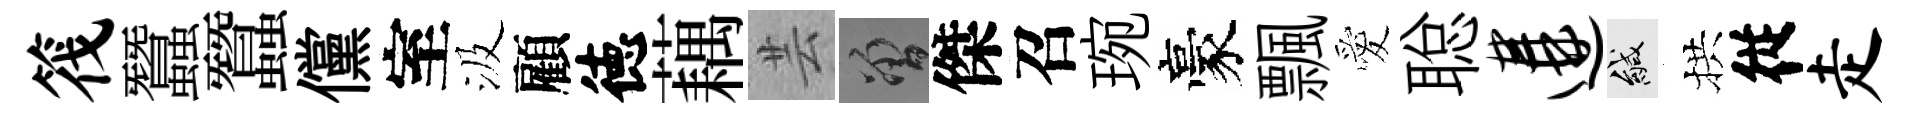
筏蠶蠶儻室汲顧徳藕芸曾傑召琬豪飄愛聪遘緘拱従走